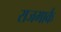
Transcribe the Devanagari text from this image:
राजमार्क